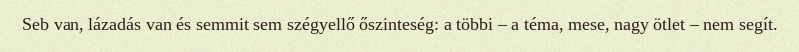
Seb van, lázadás van és semmit sem szégyellő őszinteség: a többi – a téma, mese, nagy ötlet – nem segít.